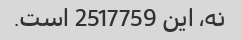
نه، این 2517759 است.